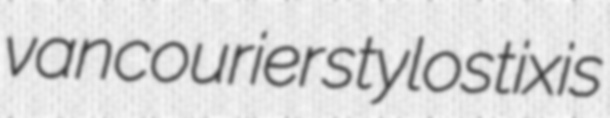
vancourier stylostixis